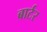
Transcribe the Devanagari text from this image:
बार्टर